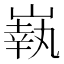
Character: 𡼈